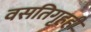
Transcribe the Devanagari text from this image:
वसतिगृहही